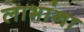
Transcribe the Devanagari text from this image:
लाभांना